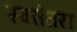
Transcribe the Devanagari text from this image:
स्वतंतरा